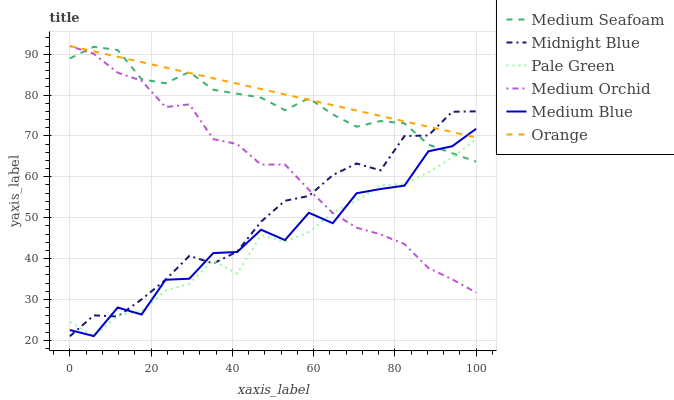
| xaxis_label | Medium Seafoam | Midnight Blue | Pale Green | Medium Orchid | Medium Blue | Orange |
 | --- | --- | --- | --- | --- | --- | --- |
 | 0 | 89 | 21 | 24.5 | 92 | 22.5 | 92 |
 | 5.88 | 91.8 | 26.1 | 21.1 | 90.1 | 21 | 90.7 |
 | 11.8 | 91 | 25.8 | 26 | 85.5 | 28 | 89.4 |
 | 17.6 | 83.9 | 30 | 27.2 | 83.5 | 26.3 | 88.1 |
 | 23.5 | 82.9 | 34.8 | 32.2 | 77.1 | 34.8 | 86.7 |
 | 29.4 | 85.7 | 40.7 | 33.9 | 77.7 | 35.1 | 85.4 |
 | 35.3 | 81.3 | 38.8 | 39.5 | 69.2 | 41.3 | 84.1 |
 | 41.2 | 80.3 | 41.7 | 36.3 | 68 | 41.6 | 82.8 |
 | 47.1 | 79.4 | 49 | 45.7 | 63 | 47.1 | 81.5 |
 | 52.9 | 76.3 | 54.1 | 44.1 | 63 | 44.5 | 80.2 |
 | 58.8 | 79.2 | 55.3 | 46.5 | 56.9 | 51.2 | 78.8 |
 | 64.7 | 75.3 | 60.4 | 51.3 | 51.2 | 48.7 | 77.5 |
 | 70.6 | 72.3 | 63.3 | 54.2 | 47.5 | 56 | 76.2 |
 | 76.5 | 73.6 | 61.6 | 58 | 45.9 | 57 | 74.9 |
 | 82.4 | 73.1 | 70 | 58.2 | 43.5 | 57.8 | 73.6 |
 | 88.2 | 67.9 | 70.1 | 61.1 | 37.7 | 66.2 | 72.3 |
 | 94.1 | 65.8 | 75.9 | 64.7 | 34.9 | 67.5 | 70.9 |
 | 100 | 63.7 | 76 | 69.3 | 31.7 | 71.8 | 69.6 |